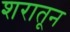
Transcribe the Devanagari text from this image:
शरातून